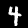
Label: 4